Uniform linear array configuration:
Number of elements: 32
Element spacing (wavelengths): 0.25
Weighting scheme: binomial
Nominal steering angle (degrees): -15
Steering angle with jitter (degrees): -14.142
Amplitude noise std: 0.05
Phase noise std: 0.05

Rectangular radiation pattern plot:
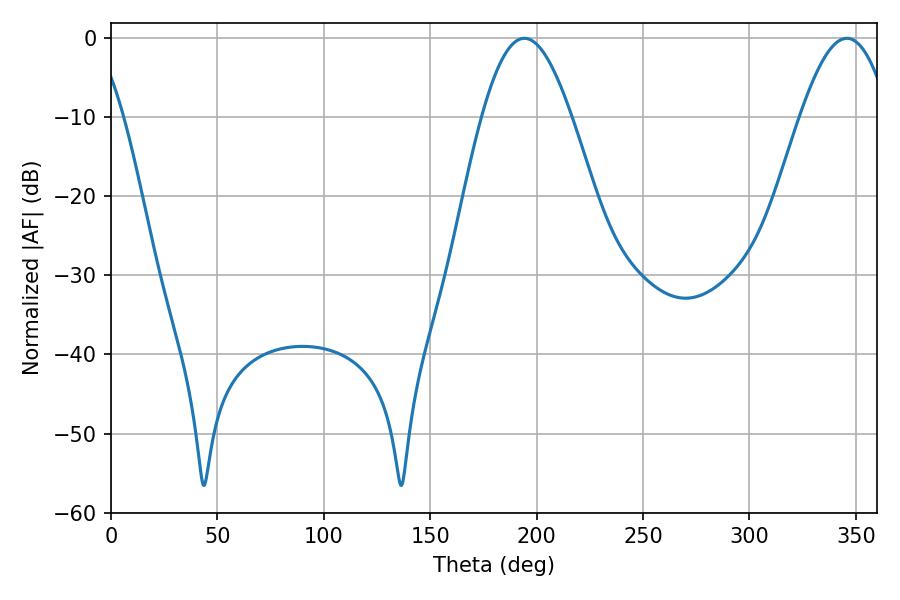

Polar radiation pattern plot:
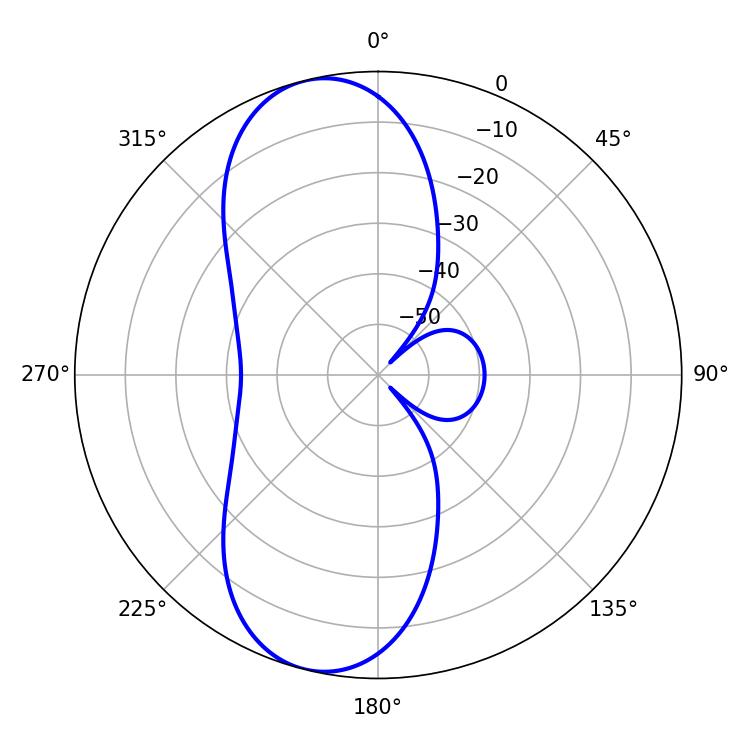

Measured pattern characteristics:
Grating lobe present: FALSE
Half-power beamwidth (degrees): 22.68
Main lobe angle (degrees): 194.22